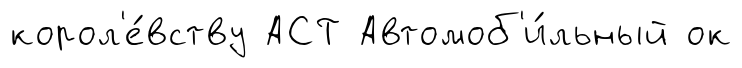
корол'е́вству АСТ Автомоб'и́льный ок